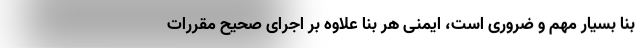
بنا بسیار مهم و ضروری است، ایمنی هر بنا علاوه بر اجرای صحیح مقررات